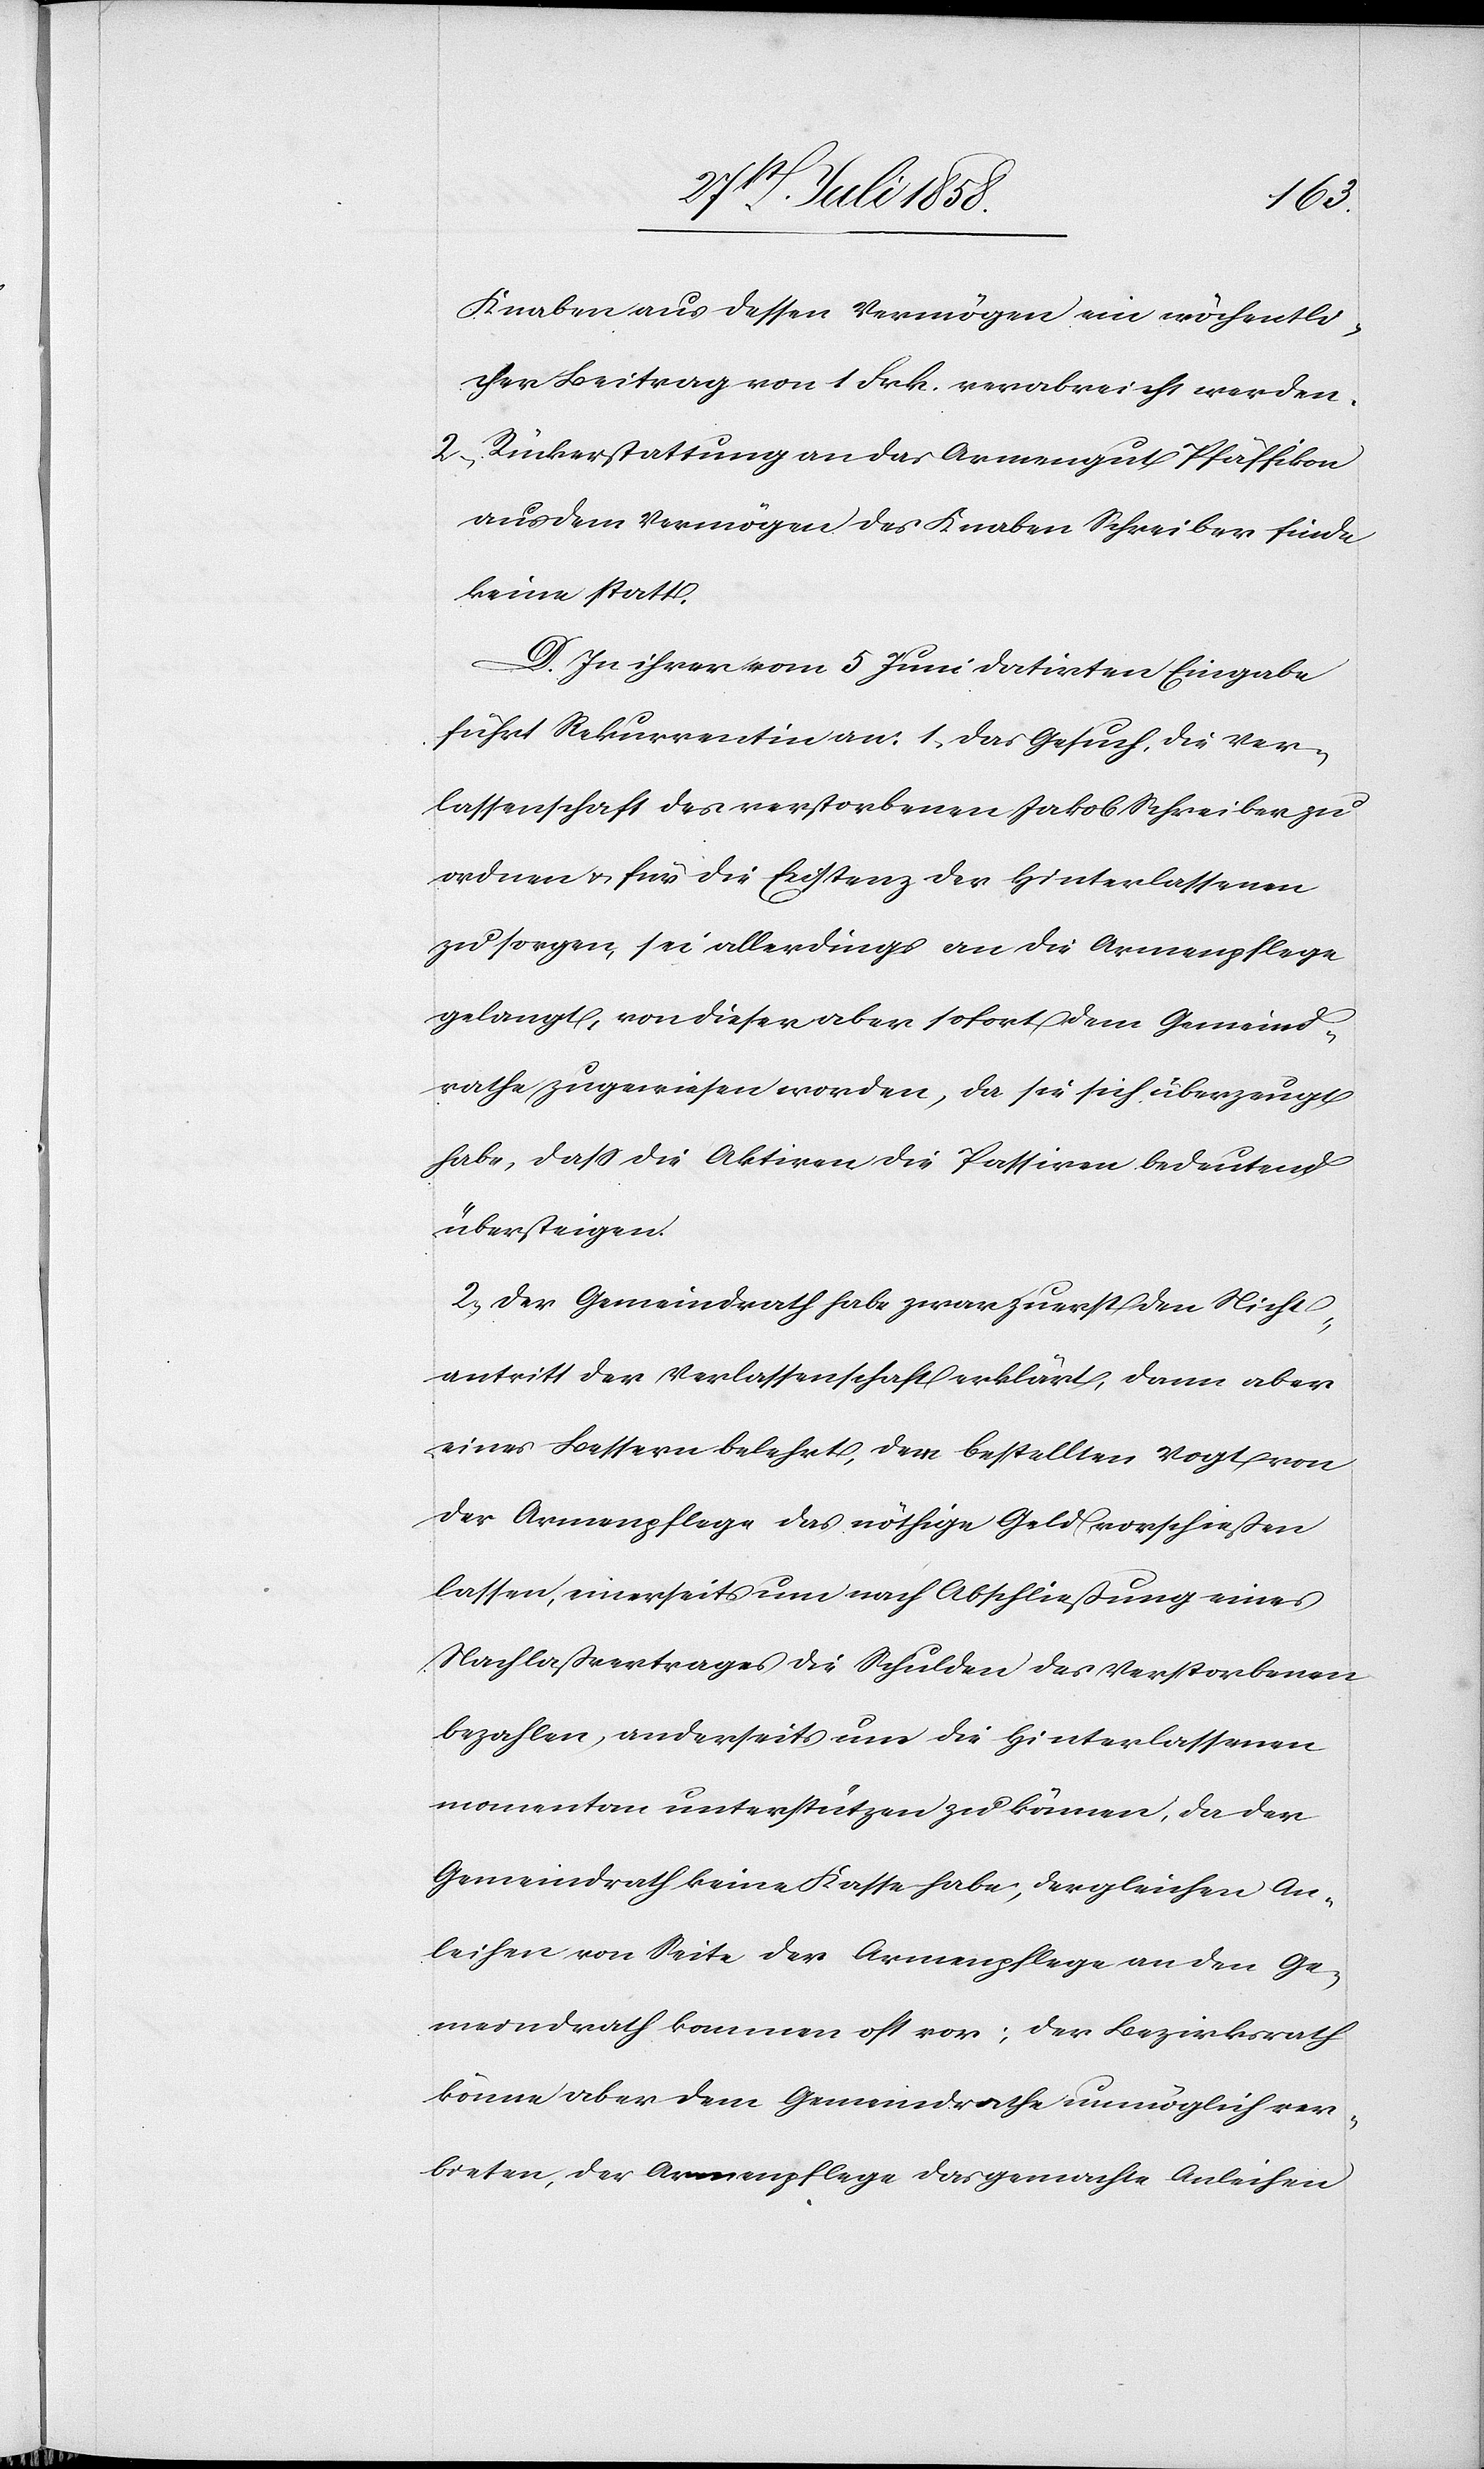
Knaben aus dessen Vermögen ein wöchentli¬
cher Beitrag von 1 Frk. verabreicht werden.
Rückerstattung an das Armengut Pfäffikon
aus dem Vermögen des Knaben Schreiber finde
keine statt.
D. In ihrer vom 5 Juni datirten Eingabe
führt Rekurrentin an: 1) Das Gesuch, die Ver¬
lassenschaft des verstorbenen Jakob Schreiber zu
ordnen & für die Existenz der Hinterlassenen
zu sorgen, sei allerdings an die Armenpflege
gelangt, von dieser aber sofort dem Gemeind¬
rathe zugewiesen worden, da sie sich überzeugt
habe, dass die Aktiven die Passiven bedeutend
übersteigen.
2) Der Gemeindrath habe zwar zuerst den Nicht¬
antritt der Verlassenschaft erklärt, dann aber
eines Bessern belehrt, dem bestellten Vogt von
der Armenpflege das nöthige Geld vorschießen
lassen, einerseits um nach Abschließung eines
Nachlaßvertrages die Schulden des Verstorbenen
bezahlen, anderseits um die Hinterlassenen
momentan unterstützen zu können, da der
Gemeindrath keine Kasse habe; dergleichen An¬
leihen von Seite der Armenpflege an den Ge¬
meindrath kommen oft vor; der Bezirksrath
könne aber dem Gemeindrathe unmöglich ver¬
bieten, der Armenpflege das gemachte Anleihen